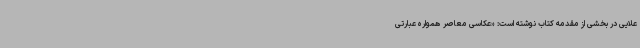
علایی در بخشی از مقدمه کتاب نوشته است: «عکاسی معاصر همواره عبارتی